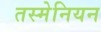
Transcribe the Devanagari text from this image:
तस्मेनियन